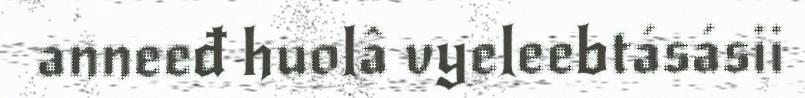
anneeđ huolâ vyeleebtásásii